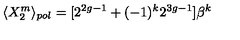
\langle X _ { 2 } ^ { m } \rangle _ { p o l } = [ 2 ^ { 2 g - 1 } + ( - 1 ) ^ { k } 2 ^ { 3 g - 1 } ] \beta ^ { k }